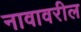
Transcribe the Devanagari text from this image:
नावावरील